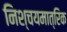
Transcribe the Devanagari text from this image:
निश्चयमात्रिक